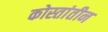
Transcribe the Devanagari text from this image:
कोस्तांतीन